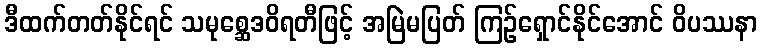
ဒီထက်တတ်နိုင်ရင် သမုစ္ဆေဒဝိရတီဖြင့် အမြဲမပြတ် ကြဉ်ရှောင်နိုင်အောင် ဝိပဿနာ